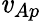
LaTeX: \mathit{v}_{Ap}